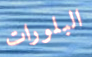
البلورات